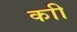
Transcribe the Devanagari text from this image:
काी